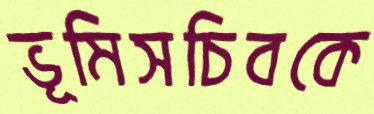
ভূমিসচিবকে